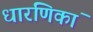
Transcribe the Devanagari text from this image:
धारणिकां